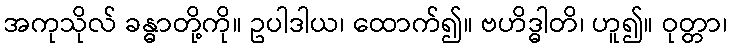
အကုသိုလ် ခန္ဓာတို့ကို။ ဥပါဒါယ၊ ထောက်၍။ ဗဟိဒ္ဓါတိ၊ ဟူ၍။ ဝုတ္တာ၊